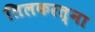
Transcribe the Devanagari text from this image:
तिलकरत्ना